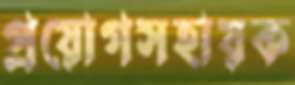
প্রয়োগসহায়ক